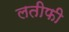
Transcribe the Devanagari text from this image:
लतीफी